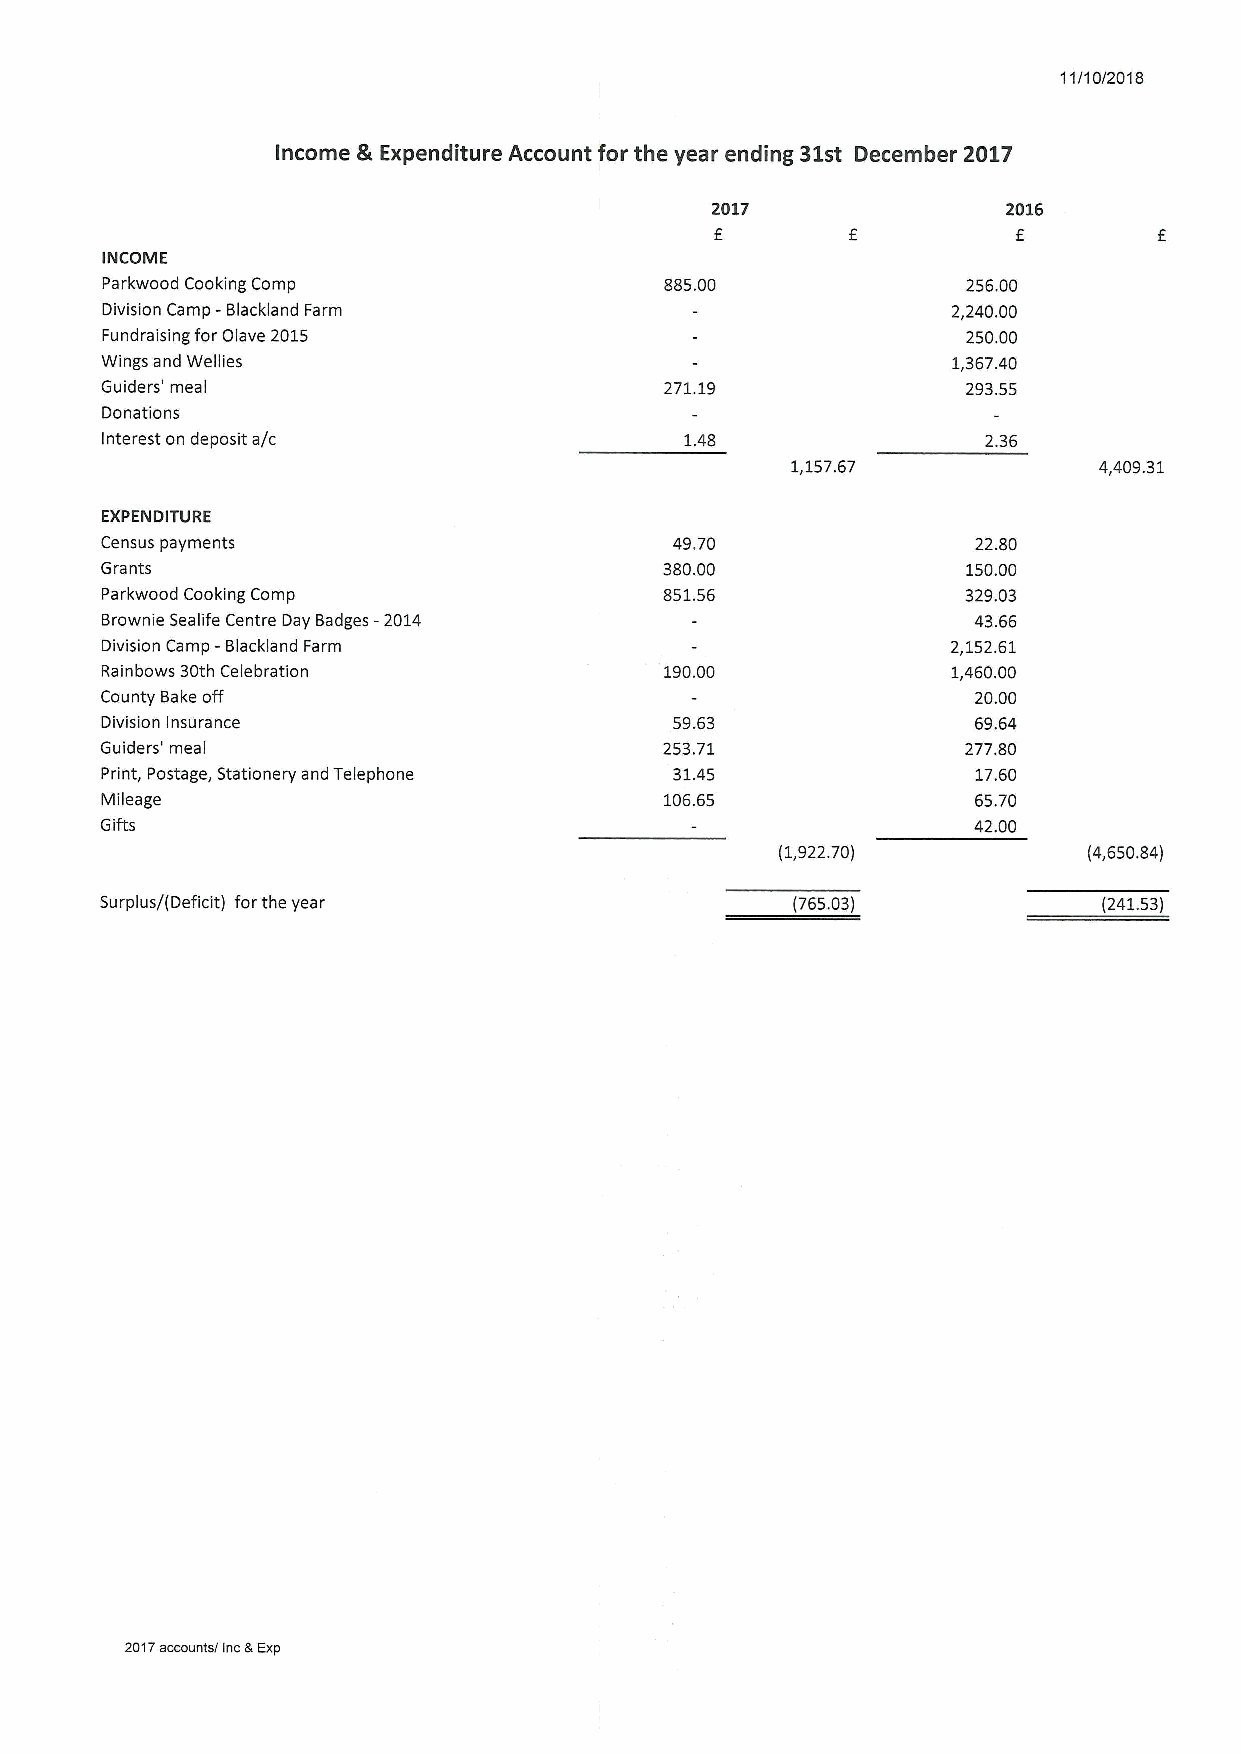
11/10/2018
 Income &Expenditure Account for the year ending 31st December 2017
 2017                2016
 E                   E
 INCOME
 Parkwood Cooking Comp                885.00              256.00
 Division Camp -Blackland Farm                           2,240.00
 Fundraising for Olave 2015                               250.00
 Wings and Wellies                                       1,367.40
 Guiders' meal                        271.19              293.55
 Donations
 Interest on deposit a/c               1A8                 2.36
 1,157.67             4,409.31
 EXPENDITURE
 Census payments                       49.70               22.80
 Grants                               380.00              150.00
 Parkwood Cooking Comp                851,56              329.03
 Brownie Sealife Centre Day Badges -2014                  43.66
 Division Camp —Blackland Farm                           2,152.61
 Rainbows 30th Celebration            190.00             1,460.00
 County Bake off                                          20.00
 Division Insurance                    59.63              69.64
 Guiders' meal                        253.71              277.80
 Print, Postage, Stationery and Telephone 31AS             17.60
 Mileage                              106.65              65.70
 Gifts                                                    42.00
 (1,922.70)          (4,650.84)
 Surplus/(Deficit) forthe year                (765.03)             (241.53)
 2017accounts/ IncaExp